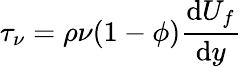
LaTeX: \tau_{\nu}=\rho\nu(1-\phi)\frac{\mathrm{d}U_{f}}{\mathrm{d}y}